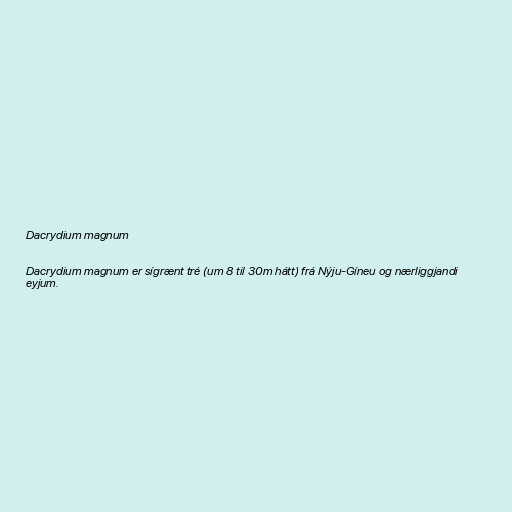
Dacrydium magnum

Dacrydium magnum er sígrænt tré (um 8 til 30m hátt) frá Nýju-Gíneu og nærliggjandi
eyjum.